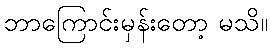
ဘာကြောင်းမှန်းတော့ မသိ။